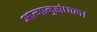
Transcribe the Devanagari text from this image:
आत्मानुसंधान।